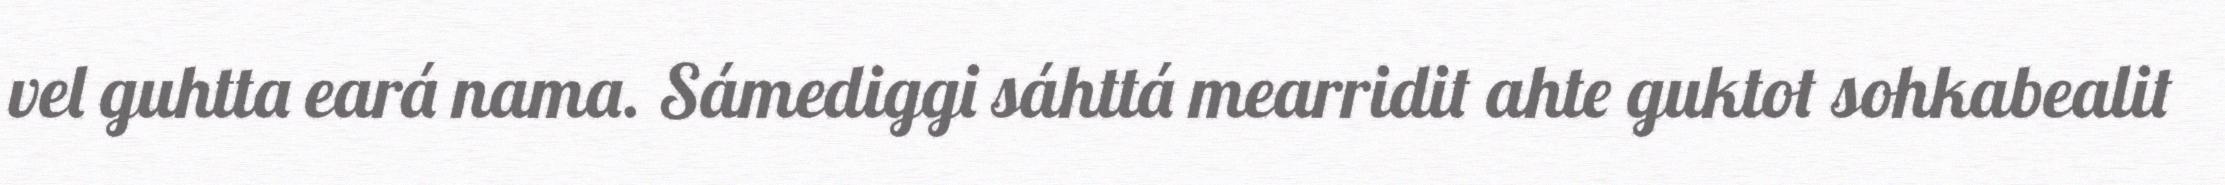
vel guhtta eará nama. Sámediggi sáhttá mearridit ahte guktot sohkabealit